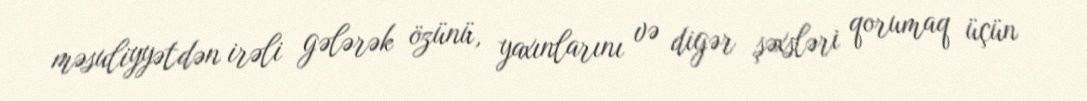
məsuliyyətdən irəli gələrək özünü, yaxınlarını və digər şəxsləri qorumaq üçün